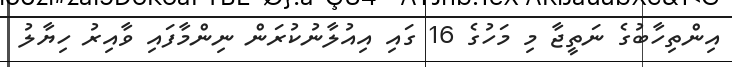
އިންތިހާބުގެ ނަތީޖާ މި މަހުގެ 16 ގައި އިއުލާނުކުރަން ނިންމާފައި ވާއިރު ހިޔާލު